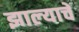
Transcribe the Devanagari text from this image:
झाल्‍याचे